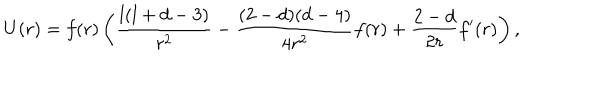
LaTeX: U ( r ) = f ( r ) \left( \frac { l ( l + d - 3 ) } { r ^ { 2 } } - \frac { ( 2 - d ) ( d - 4 ) } { 4 r ^ { 2 } } f ( r ) + \frac { 2 - d } { 2 r } f ^ { \prime } ( r ) \right) ,